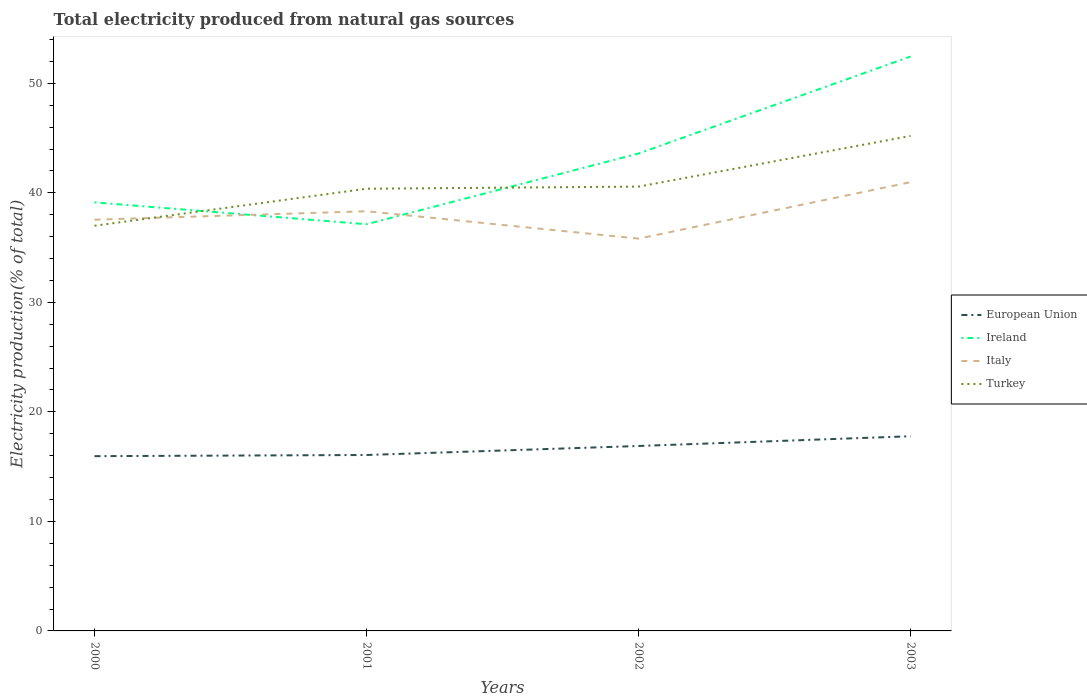
| Years | European Union | Ireland | Italy | Turkey |
 | --- | --- | --- | --- | --- |
 | 2000 | 16 | 39.1 | 37.5 | 37 |
 | 2001 | 16.1 | 37.1 | 38.3 | 40.4 |
 | 2002 | 16.9 | 43.6 | 35.8 | 40.6 |
 | 2003 | 17.8 | 52.4 | 41 | 45.2 |